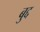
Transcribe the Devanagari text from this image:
बुद्द